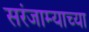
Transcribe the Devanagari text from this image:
सरंजाम्याच्या